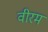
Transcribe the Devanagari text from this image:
वीरम